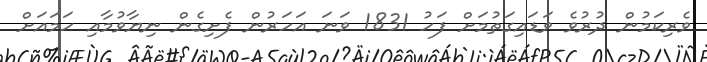
ވެރިކަމުން ދުރުވެ ވަޑައިގަތުމަށް ފަހު 1831 ވަނަ އަހަރުން ފެށިގެން ނިޔާވުމާއި ހަމައަށް